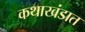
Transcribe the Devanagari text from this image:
कथाखंडात